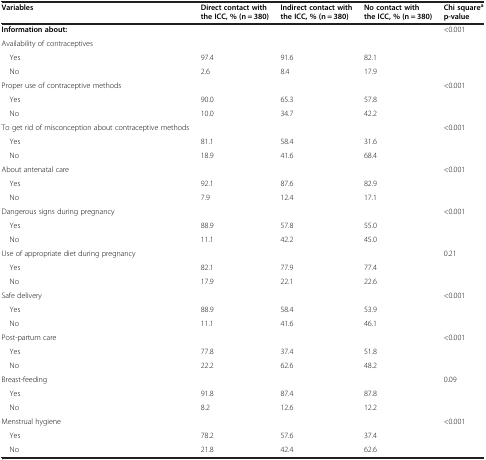
<table><thead><tr><td><b>Variables</b></td><td><b>Direct contact with the ICC, % (n = 380)</b></td><td><b>Indirect contact with the ICC, % (n = 380)</b></td><td><b>No contact with the ICC, % (n = 380)</b></td><td><b>Chi square<sup>a </sup>p-value</b></td></tr></thead><tbody><tr><td><b>Information about:</b></td><td> </td><td> </td><td> </td><td rowspan="4">&lt;0.001</td></tr><tr><td>Availability of contraceptives</td><td> </td><td> </td><td> </td></tr><tr><td> Yes</td><td>97.4</td><td>91.6</td><td>82.1</td></tr><tr><td> No</td><td>2.6</td><td>8.4</td><td>17.9</td></tr><tr><td>Proper use of contraceptive methods</td><td> </td><td> </td><td> </td><td rowspan="3">&lt;0.001</td></tr><tr><td> Yes</td><td>90.0</td><td>65.3</td><td>57.8</td></tr><tr><td> No</td><td>10.0</td><td>34.7</td><td>42.2</td></tr><tr><td>To get rid of misconception about contraceptive methods</td><td> </td><td> </td><td> </td><td rowspan="3">&lt;0.001</td></tr><tr><td> Yes</td><td>81.1</td><td>58.4</td><td>31.6</td></tr><tr><td> No</td><td>18.9</td><td>41.6</td><td>68.4</td></tr><tr><td>About antenatal care</td><td> </td><td> </td><td> </td><td rowspan="3">&lt;0.001</td></tr><tr><td> Yes</td><td>92.1</td><td>87.6</td><td>82.9</td></tr><tr><td> No</td><td>7.9</td><td>12.4</td><td>17.1</td></tr><tr><td>Dangerous signs during pregnancy</td><td> </td><td> </td><td> </td><td rowspan="3">&lt;0.001</td></tr><tr><td> Yes</td><td>88.9</td><td>57.8</td><td>55.0</td></tr><tr><td> No</td><td>11.1</td><td>42.2</td><td>45.0</td></tr><tr><td>Use of appropriate diet during pregnancy</td><td> </td><td> </td><td> </td><td rowspan="3">0.21</td></tr><tr><td> Yes</td><td>82.1</td><td>77.9</td><td>77.4</td></tr><tr><td> No</td><td>17.9</td><td>22.1</td><td>22.6</td></tr><tr><td>Safe delivery</td><td> </td><td> </td><td> </td><td rowspan="3">&lt;0.001</td></tr><tr><td> Yes</td><td>88.9</td><td>58.4</td><td>53.9</td></tr><tr><td> No</td><td>11.1</td><td>41.6</td><td>46.1</td></tr><tr><td>Post-partum care</td><td> </td><td> </td><td> </td><td rowspan="3">&lt;0.001</td></tr><tr><td> Yes</td><td>77.8</td><td>37.4</td><td>51.8</td></tr><tr><td> No</td><td>22.2</td><td>62.6</td><td>48.2</td></tr><tr><td>Breast-feeding</td><td> </td><td> </td><td> </td><td rowspan="3">0.09</td></tr><tr><td> Yes</td><td>91.8</td><td>87.4</td><td>87.8</td></tr><tr><td> No</td><td>8.2</td><td>12.6</td><td>12.2</td></tr><tr><td>Menstrual hygiene</td><td> </td><td> </td><td> </td><td rowspan="3">&lt;0.001</td></tr><tr><td> Yes</td><td>78.2</td><td>57.6</td><td>37.4</td></tr><tr><td> No</td><td>21.8</td><td>42.4</td><td>62.6</td></tr></tbody></table>